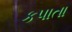
કપાતા